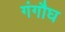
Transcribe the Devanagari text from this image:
गंगौघ